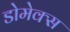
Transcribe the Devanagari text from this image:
डोमेक्स